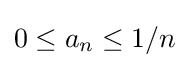
0\leq a_{n}\leq 1/n